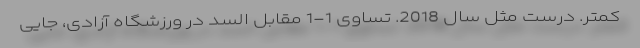
کمتر. درست مثل سال 2018. تساوی 1-1 مقابل السد در ورزشگاه آزادی، جایی